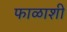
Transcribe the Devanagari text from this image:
फाळाशी